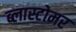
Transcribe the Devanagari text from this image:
ब्लास्टोमर